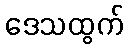
ဒေသထွက်